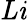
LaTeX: \mathit{Li}